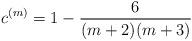
LaTeX: \begin{align*} c^{(m)} = 1-\frac{6}{(m+2)(m+3)}\end{align*}